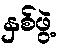
နှစ်ဖွဲ့